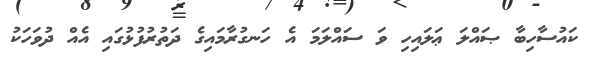
ކައުސާހިބާ ޞައްލަ ޢަލައިހި ވަ ސައްލަމަ އެ ހަނގުރާމައިގެ ދަތުރުފުޅުގައި އެއް ދުވަހަކު